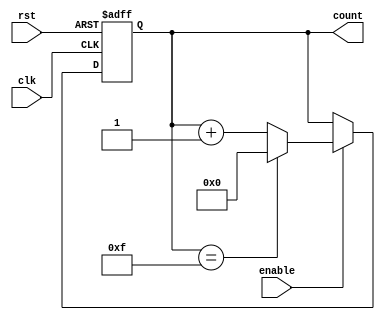
module counter (
    input wire clk,
    input wire rst,
    input wire enable,
    output reg [3:0] count
);

always @ (posedge clk or posedge rst) begin
    if (rst) begin
        count <= 4'b0000;
    end else if (enable) begin
        if (count == 4'b1111) begin
            count <= 4'b0000;
        end else begin
            count <= count + 1;
        end
    end
end

endmodule